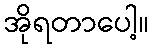
အိုရတာပေါ့။